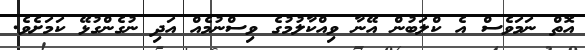
އޮތް ނަމަވެސް އެ ކްލަބުން އޭނާ ވިއްކާލުމުގެ ވިސްނުމެއް އަދި ނުގެންގުޅޭ ކަމަށެވެ.